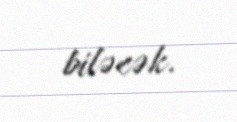
biləcək.